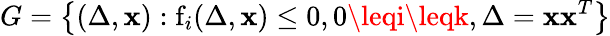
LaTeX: G=\left\{ (\Delta,\mathbf{x}):\mathrm{{{f}}}_{i}(\Delta,\mathbf{x})\leq0,0\leqi\leqk,\Delta=\mathbf{x}\mathbf{x}^{T}\right\}